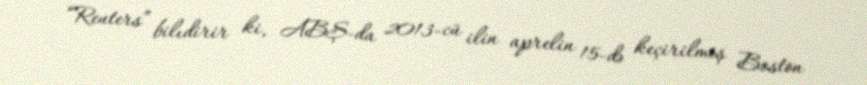
“Reuters” bilıdirir ki, ABŞ-da 2013-cü ilin aprelin 15-də keçirilmiş Boston